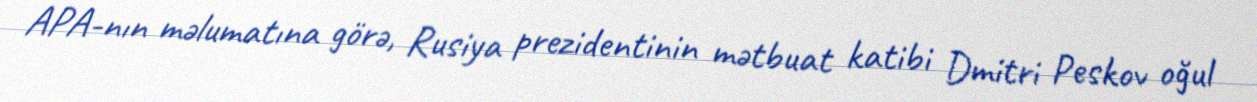
APA-nın məlumatına görə, Rusiya prezidentinin mətbuat katibi Dmitri Peskov oğul